Indian journal of veterinary science and animal husbandry - Volumes 18-21, 1948-1951
Year: 1948
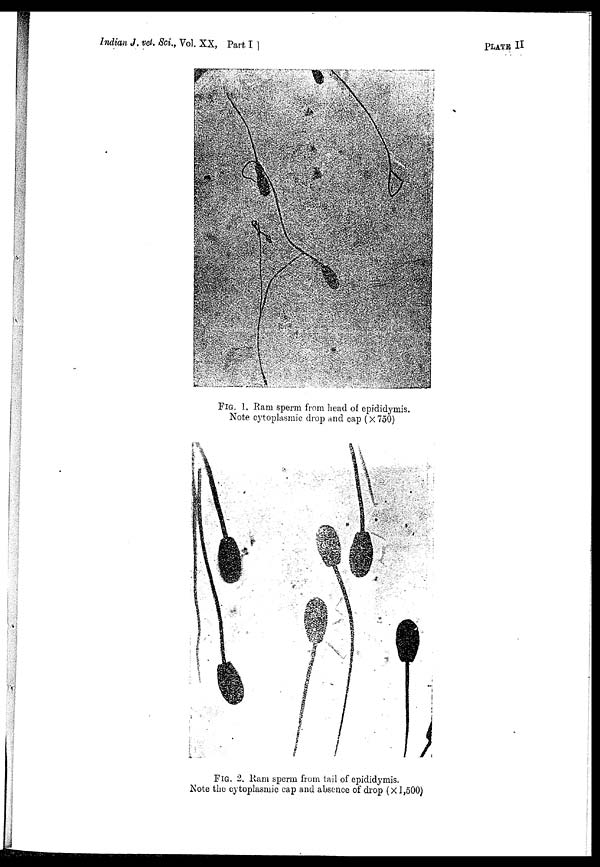
Indian J. vet. Sci., Vol. XX, Part, I
]
PLATE II
FIG. 1. Ram sperm from head of epididymis.
Note cytoplasmic drop and cap (× 750)
FIG. 2. Ram sperm from tail of epididymis.
Note the cytoplasmic cap and absence of drop (× 1,500)